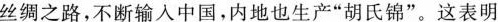
丝绸之路，不断输入中国，内地也生产”胡氏锦”。这表明